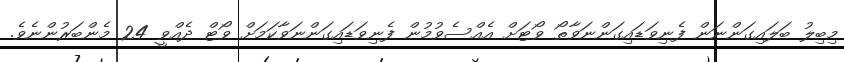
މިބިލު ބަލައިގަންނަން ފެނިވަޑައިގަންނަވާތޯ ވޯޓަށް އެއްސެވުމުން ފެނިވަޑައިގަންނަވާކަމަށް ވޯޓް ދެއްވީ 24 މެންބަރުންނެވެ.